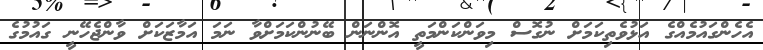
އެހެންގައުމެއްގެ އަޅުވެތިކަމަށް ނުގޮސް މިވަންކަންމަތީ އޮންނަން ބޭނުންކަމަށްވާ ނަމަ އަމާޒަކަށް ވާންޖެހޭނީ ގައުމުގެ